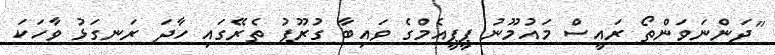
"ދަންނަވަންތޯ ރައީސް މައުމޫނު ޕީޕީއެމްގެ ވައިބާ ގުރޫޕު ތެރޭގައި ހާދަ ރަނގަޅު ވާހަކަ